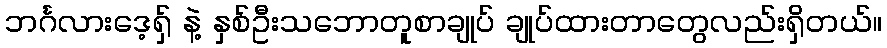
ဘင်္ဂလားဒေ့ရှ် နဲ့ နှစ်ဦးသဘောတူစာချုပ် ချုပ်ထားတာတွေလည်းရှိတယ်။